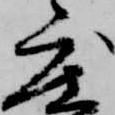
度